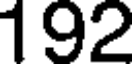
192